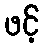
ဖင့်